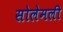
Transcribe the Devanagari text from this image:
सोलेमली